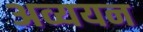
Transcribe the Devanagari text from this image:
अव्ययन